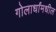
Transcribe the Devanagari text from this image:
गोलार्धांमधील